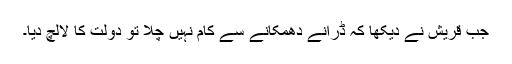
جب قریش نے دیکھا کہ ڈرانے دھمکانے سے کام نہیں چلا تو دولت کا لالچ دیا۔